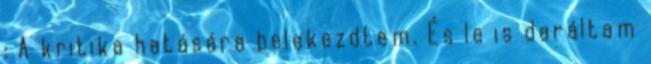
: A kritika hatására belekezdtem. És le is daráltam